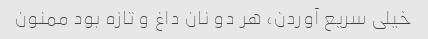
خیلی سریع آوردن، هر دو نان داغ و تازه بود ممنون